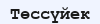
Төссүйек